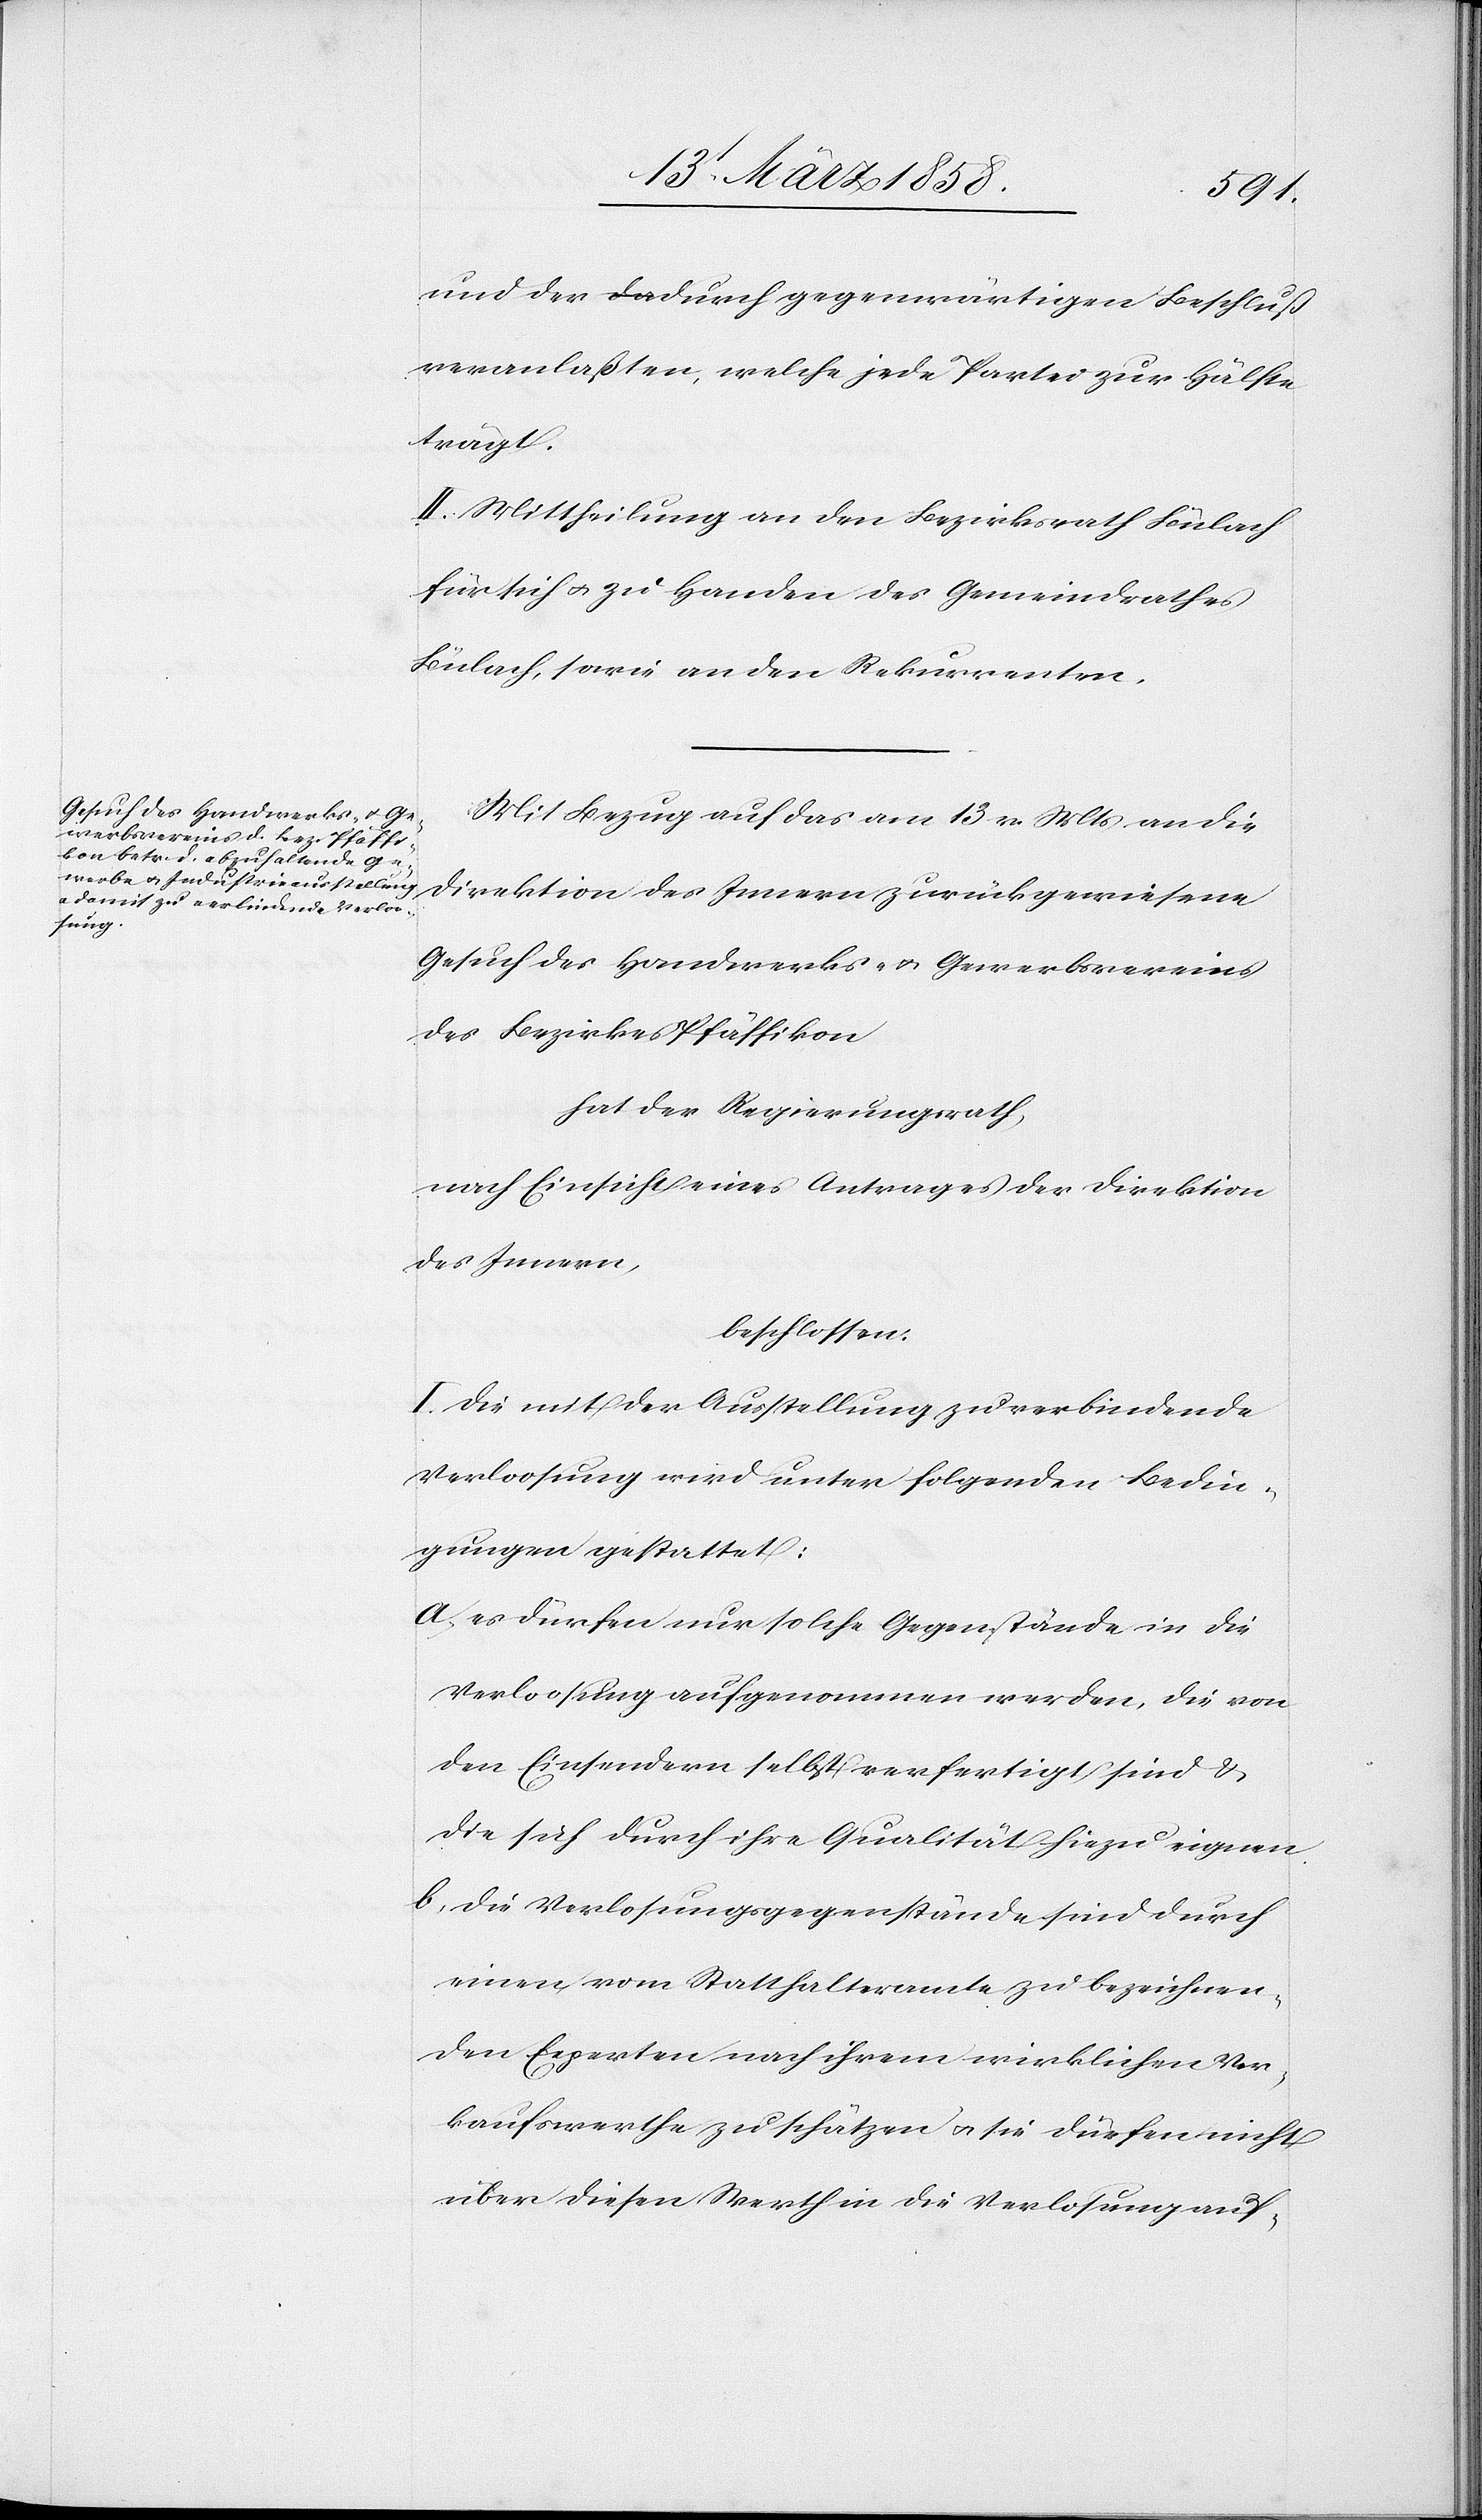
und der durch gegenwärtigen Beschluß
veranlaßten, welche jede Partei zur Hälfte
trägt.
II. Mittheilung an den Bezirksrath Bülach
für sich u. zu Handen des Gemeindrathes
Bülach, sowie an den Rekurrenten.
Mit Bezug auf das am 13. v. Mts. an die
Direktion des Innern zurückgewiesene
Gesuch des Handwerks- u. Gewerbsvereins
des Bezirkes Pfäffikon
hat der Regierungsrath,
nach Einsicht eines Antrages der Direktion
des Innern,
beschlossen:
I. Die mit der Ausstellung zu verbindende
Verloosung wird unter folgenden Bedin¬
gungen gestattet:
a) es dürfen nur solche Gegenstände in die
Verloosung aufgenommen werden, die von
den Einsendern selbst verfertigt sind u.
die sich durch ihre Qualität hiezu eignen.
b) die Verloosungsgegenstände sind durch
einen, vom Statthalteramte zu bezeichnen¬
den Experten nach ihrem wirklichen Ver¬
kaufswerthe zu schätzen u. sie dürfen nicht
über diesen Werth in die Verlosung auf-